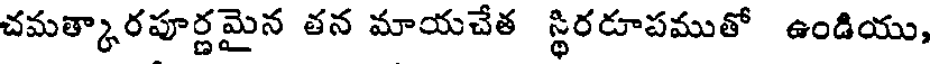
చమత్కారపూర్ణమైన తన మాయచేత స్థిరరూపముతో ఉండియు,